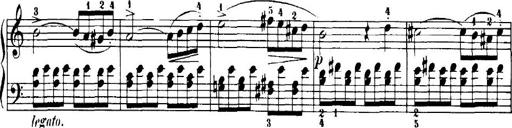
Title: 7 Sonatinas
Composer: Anton Diabelli